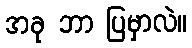
အခု ဘာ ပြမှာလဲ။